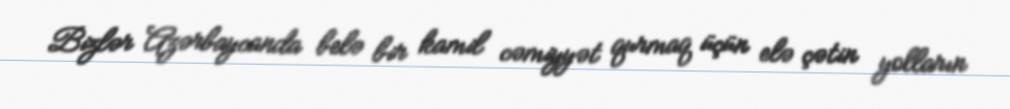
Bizlər Azərbaycanda belə bir kamil cəmiyyət qurmaq üçün elə çətin yolların